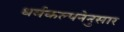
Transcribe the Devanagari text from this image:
धर्मकल्पनेनुसार